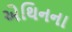
એથિનના